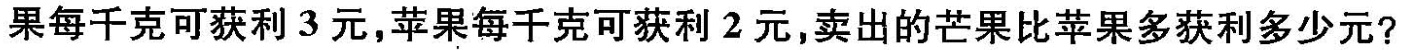
果每千克可获利3元，苹果每千克可获利2元，卖出的芒果比苹果多获利多少元?